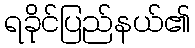
ရခိုင်ပြည်နယ်၏